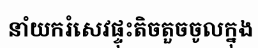
នាំយករំសេវផ្ទុះតិចតួចចូលក្នុង